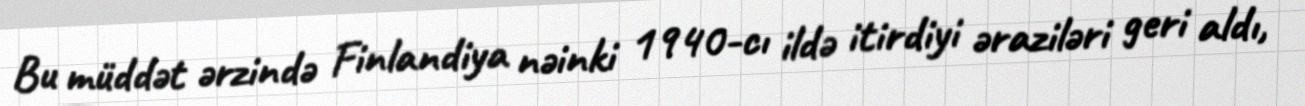
Bu müddət ərzində Finlandiya nəinki 1940-cı ildə itirdiyi əraziləri geri aldı,